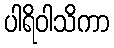
ပါရိဝါသိကာ